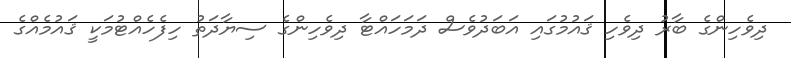
ދިވެހިންގެ ބާރު ދިވެހި ޤައުމުގައި އަބަދުވެސް ދަމަހައްޓާ ދިވެހިންގެ ސިޔާދަތު ހިފެހެއްޓުމަކީ ޤައުމެއްގެ